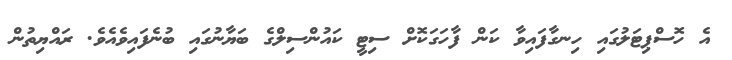
އެ ހޮސްޕިޓަލުގައި ހިނގާފައިވާ ކަން ފާހަގަކޮށް ސިޓީ ކައުންސިލްގެ ބަޔާނުގައި ބުނެފައިވެއެވެ. ރައްޔިތުން